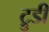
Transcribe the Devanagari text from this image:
ट्रुडी